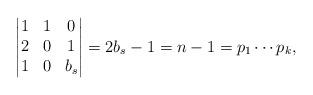
LaTeX: \begin{align*}\begin{vmatrix}1 & 1 & 0\\2 & 0 & 1\\1 & 0 & b_{s}\end{vmatrix}=2b_{s}-1=n-1=p_{1}\cdots p_{k},\end{align*}